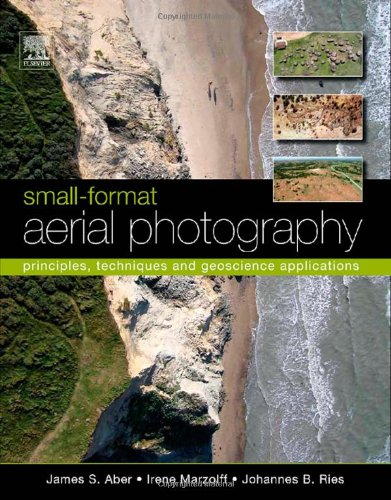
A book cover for Small-Format Aerial Photography: Principles, techniques and geoscience applications; James S. Aber; Arts & Photography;